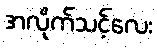
အလိုက်သင့်လေး